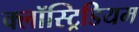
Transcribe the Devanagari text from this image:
क्लॉस्ट्रिडियम